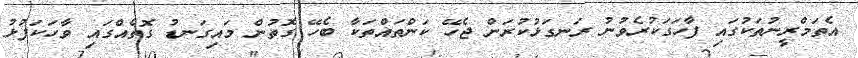
އެތަމްރީނުތަކުގައި ފާހަގަކުރެވުނު ރަނގަޅުކުރަން ޖެހޭ ކަންތައްތަކާ ބެހޭ ގޮތުން މައިގަނޑު ގޮތެއްގައި ވާހަކަފުޅު